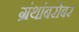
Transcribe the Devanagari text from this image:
ग्रंथांबरोबर